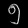
Digit: ၅